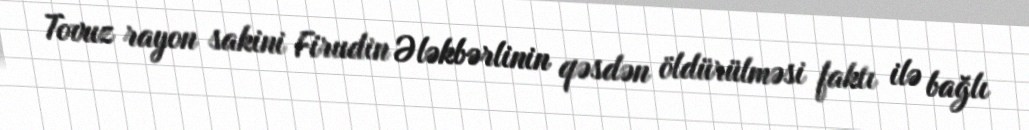
Tovuz rayon sakini Firudin Ələkbərlinin qəsdən öldürülməsi faktı ilə bağlı